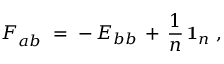
F _ { a b } ^ { } ~ = \; - \, E _ { b b } \, + \, \frac { 1 } { n } \, \mathbf { 1 } _ { n } ~ ,